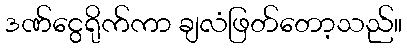
ဒဏ်ငွေရိုက်ကာ ချလံဖြတ်တော့သည်။